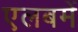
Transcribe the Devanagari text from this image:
एलबमें